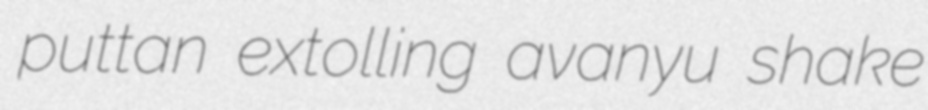
puttan extolling avanyu shake